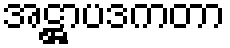
အဋ္ဌာပဒကတာ